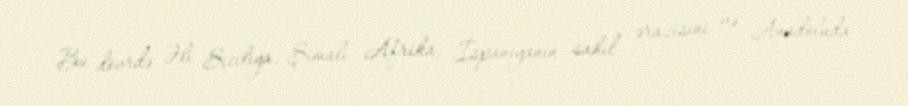
Bu dövrdə Əli Siciliya, Şimali Afrika, İspaniyanın sahil ərazisini və Anadoluda